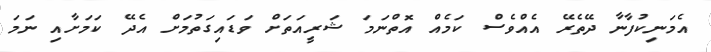
އެމަނިކުފާނާ ދޭތެރޭ އެއްވެސް ކަމެއް އޮތްނަމަ ޝަރީއަތަށް ވަޑައިގަތުމަށް އެދޭ ކަމަށާއި ނަމަ